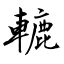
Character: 轆